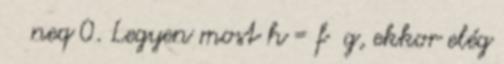
neq 0. Legyen most h = f g, ekkor elég